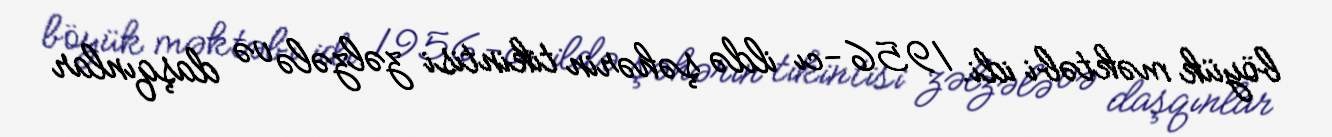
böyük məktəbi idi. 1956-cı ildə şəhərin tikintisi zəlzələ və daşqınlar